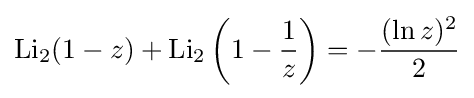
\operatorname {Li} _{2}(1-z)+\operatorname {Li} _{2}\left(1-{\frac {1}{z}}\right)=-{\frac {(\ln z)^{2}}{2}}